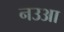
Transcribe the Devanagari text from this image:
नउआ